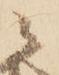
ニ